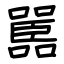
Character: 嚚